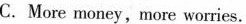
C.More money, more worries.